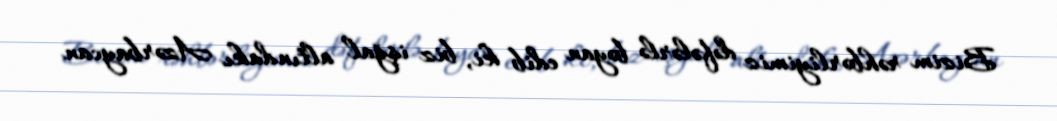
Bizim rəhbərliyimiz dəfələrlə bəyan edib ki, biz işğal altındakı Azərbaycan